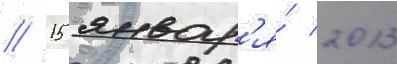
// 15 январ'я́ 2013